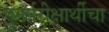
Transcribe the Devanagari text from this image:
पुनर्परीक्षार्थीचा